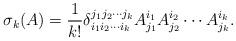
LaTeX: \begin{align*}\sigma_k(A)= \dfrac{1}{k!}\delta_{i_1i_2\cdots i_k}^{j_1j_2\cdots j_k}A^{i_1}_{j_1}A^{i_2}_{j_2}\cdots A^{i_k}_{j_k}. \end{align*}